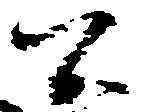
間